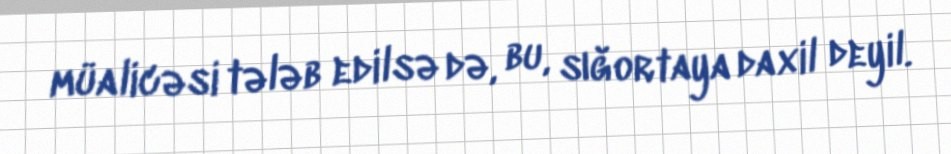
müalicəsi tələb edilsə də, bu, sığortaya daxil deyil.